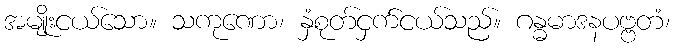
အမျိုးငယ်သော။ သကုဏော၊ နှံစုတ်ငှက်ငယ်သည်။ ဂန္ဓမာဒနပဗ္ဗတံ၊